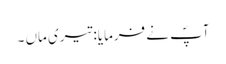
آپؐ نے فرمایا: تیری ماں ۔